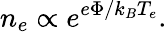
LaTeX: n_{e}\propto e^{e\Phi/k_{B}T_{e}}.